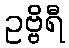
ဥဗ္ဗိရီ